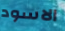
الاسود